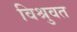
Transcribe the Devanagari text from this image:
विश्रुवत